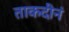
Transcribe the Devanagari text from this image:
ताकदीनं